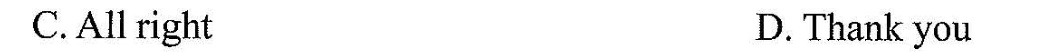
C.All right D. Thank you